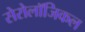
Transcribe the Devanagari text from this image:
सेरोलॉजिकल